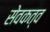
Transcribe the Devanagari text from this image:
सेवकत्व